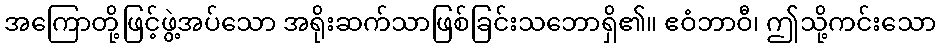
အကြောတို့ဖြင့်ဖွဲ့အပ်သော အရိုးဆက်သာဖြစ်ခြင်းသဘောရှိ၏။ ဧဝံဘာဝီ၊ ဤသို့ကင်းသော